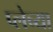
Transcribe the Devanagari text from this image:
प्लेच्या